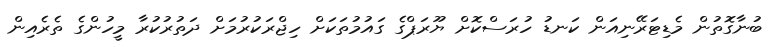
ބުނާގޮތުން މެޑިޓަރޭނިއަން ކަނޑު ހުރަސްކޮށް ޔޫރަޕްގެ ގައުމުތަކަށް ހިޖްރަކުރުމަށް ދަތުރުކުރާ މީހުންގެ ތެރެއިން